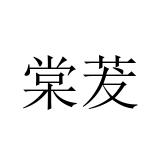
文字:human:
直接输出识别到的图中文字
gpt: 棠茇